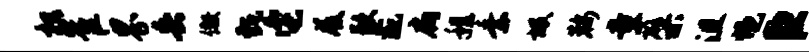
枳崔界兵儆甄它屐歉彘扃程乘圾鞍童檗沮悒臣